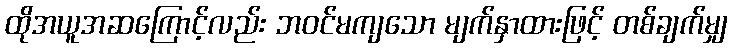
ထိုအယူအဆကြောင့်လည်း ဘဝင်မကျသော မျက်နှာထားဖြင့် တစ်ချက်မျှ